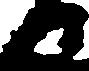
日